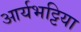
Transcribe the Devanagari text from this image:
आर्यभट्टिया